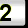
Digit: 2